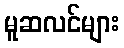
မူဆလင်များ